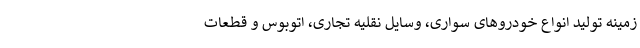
زمینه تولید انواع خودروهای سواری، وسایل نقلیه تجاری، اتوبوس و قطعات